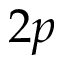
2 p